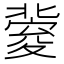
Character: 𡕶